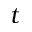
t